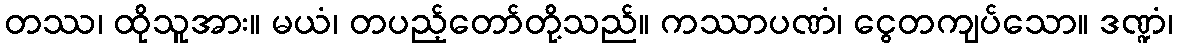
တဿ၊ ထိုသူအား။ မယံ၊ တပည့်တော်တို့သည်။ ကဿာပဏံ၊ ငွေတကျပ်သော။ ဒဏ္ဍံ၊